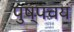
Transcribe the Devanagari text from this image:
पुष्पचयं